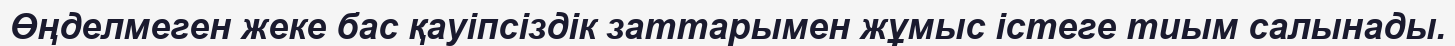
Өңделмеген жеке бас қауіпсіздік заттарымен жұмыс істеге тиым салынады.